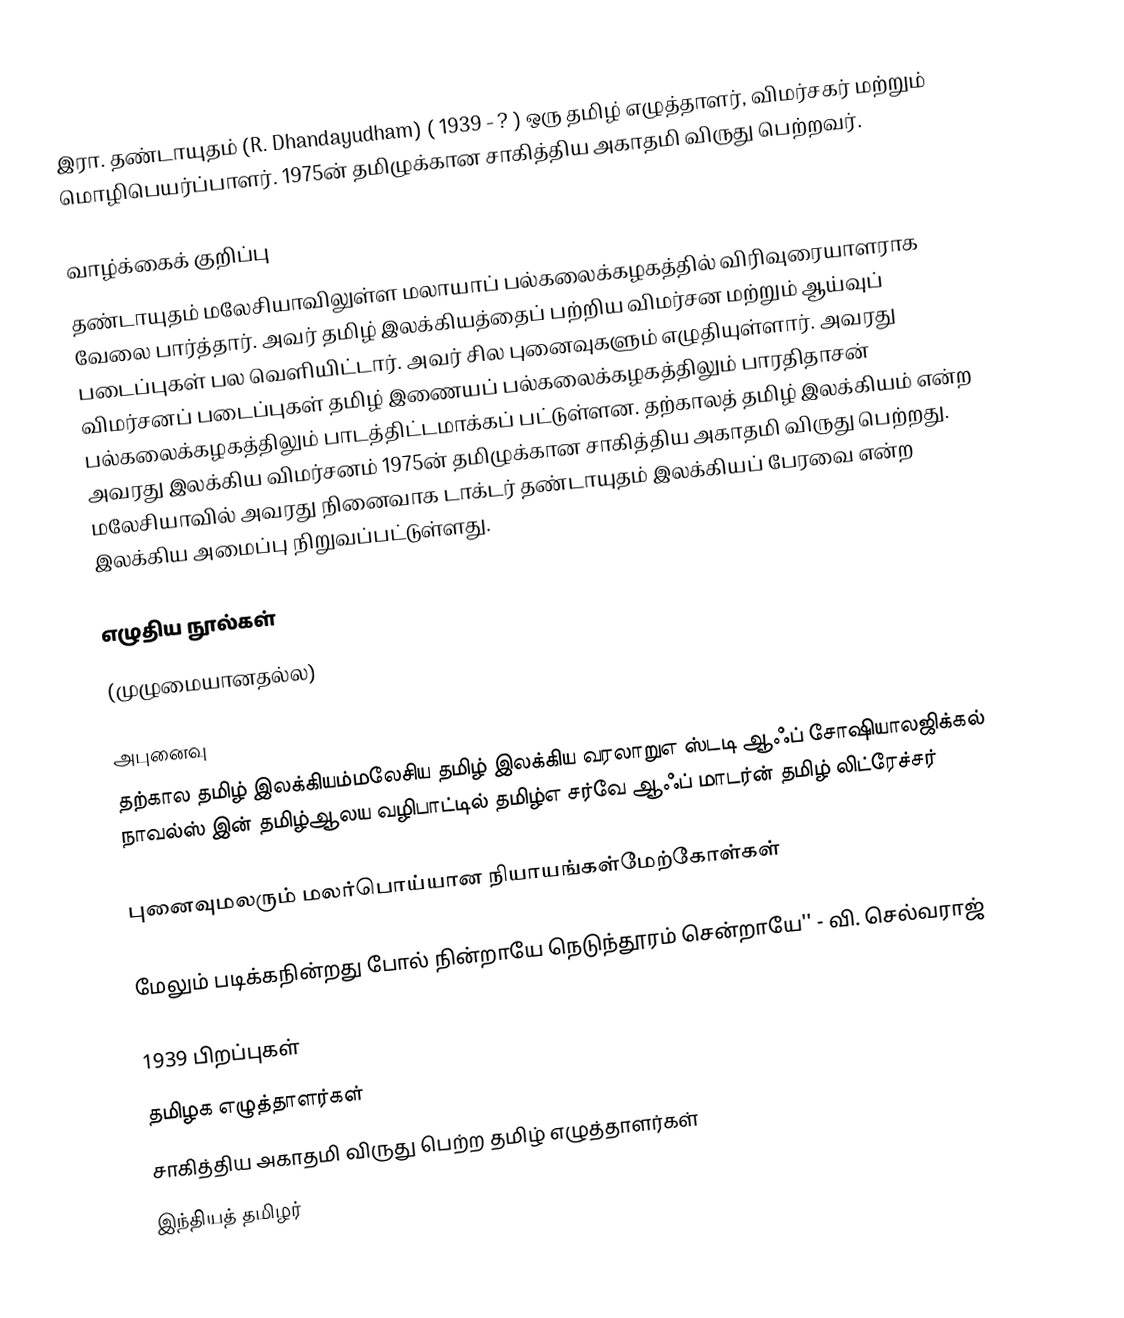
இரா.  தண்டாயுதம் (R. Dhandayudham) ( 1939 - ? )    ஒரு தமிழ் எழுத்தாளர், விமர்சகர் மற்றும் மொழிபெயர்ப்பாளர். 1975ன் தமிழுக்கான சாகித்திய அகாதமி விருது பெற்றவர்.

வாழ்க்கைக் குறிப்பு
தண்டாயுதம் மலேசியாவிலுள்ள மலாயாப் பல்கலைக்கழகத்தில் விரிவுரையாளராக வேலை பார்த்தார். அவர் தமிழ் இலக்கியத்தைப் பற்றிய விமர்சன மற்றும் ஆய்வுப் படைப்புகள் பல வெளியிட்டார். அவர் சில புனைவுகளும் எழுதியுள்ளார். அவரது விமர்சனப் படைப்புகள் தமிழ் இணையப் பல்கலைக்கழகத்திலும் பாரதிதாசன் பல்கலைக்கழகத்திலும் பாடத்திட்டமாக்கப் பட்டுள்ளன.  தற்காலத் தமிழ் இலக்கியம் என்ற அவரது இலக்கிய விமர்சனம் 1975ன் தமிழுக்கான சாகித்திய அகாதமி விருது பெற்றது.  மலேசியாவில் அவரது நினைவாக டாக்டர் தண்டாயுதம் இலக்கியப் பேரவை என்ற இலக்கிய அமைப்பு நிறுவப்பட்டுள்ளது.

எழுதிய நூல்கள்
(முழுமையானதல்ல)

அபுனைவு
தற்கால தமிழ் இலக்கியம்மலேசிய தமிழ் இலக்கிய வரலாறுஎ ஸ்டடி ஆஃப் சோஷியாலஜிக்கல் நாவல்ஸ் இன் தமிழ்ஆலய வழிபாட்டில் தமிழ்எ சர்வே ஆஃப் மாடர்ன் தமிழ் லிட்ரேச்சர்

புனைவுமலரும் மலர்பொய்யான நியாயங்கள்மேற்கோள்கள்

மேலும் படிக்கநின்றது போல் நின்றாயே நெடுந்தூரம் சென்றாயே'' - வி. செல்வராஜ்

1939 பிறப்புகள்
தமிழக எழுத்தாளர்கள்
சாகித்திய அகாதமி விருது பெற்ற தமிழ் எழுத்தாளர்கள்
இந்தியத் தமிழர்